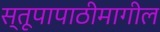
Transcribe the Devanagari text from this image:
स्तूपापाठीमागील